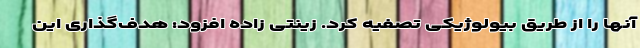
آنها را از طریق بیولوژیکی تصفیه کرد. زینتی زاده افزود: هدف‌گذاری این